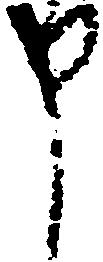
申